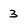
Character: 3